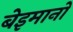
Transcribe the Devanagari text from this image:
बेइमानों